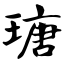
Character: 瑭